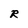
Character: R